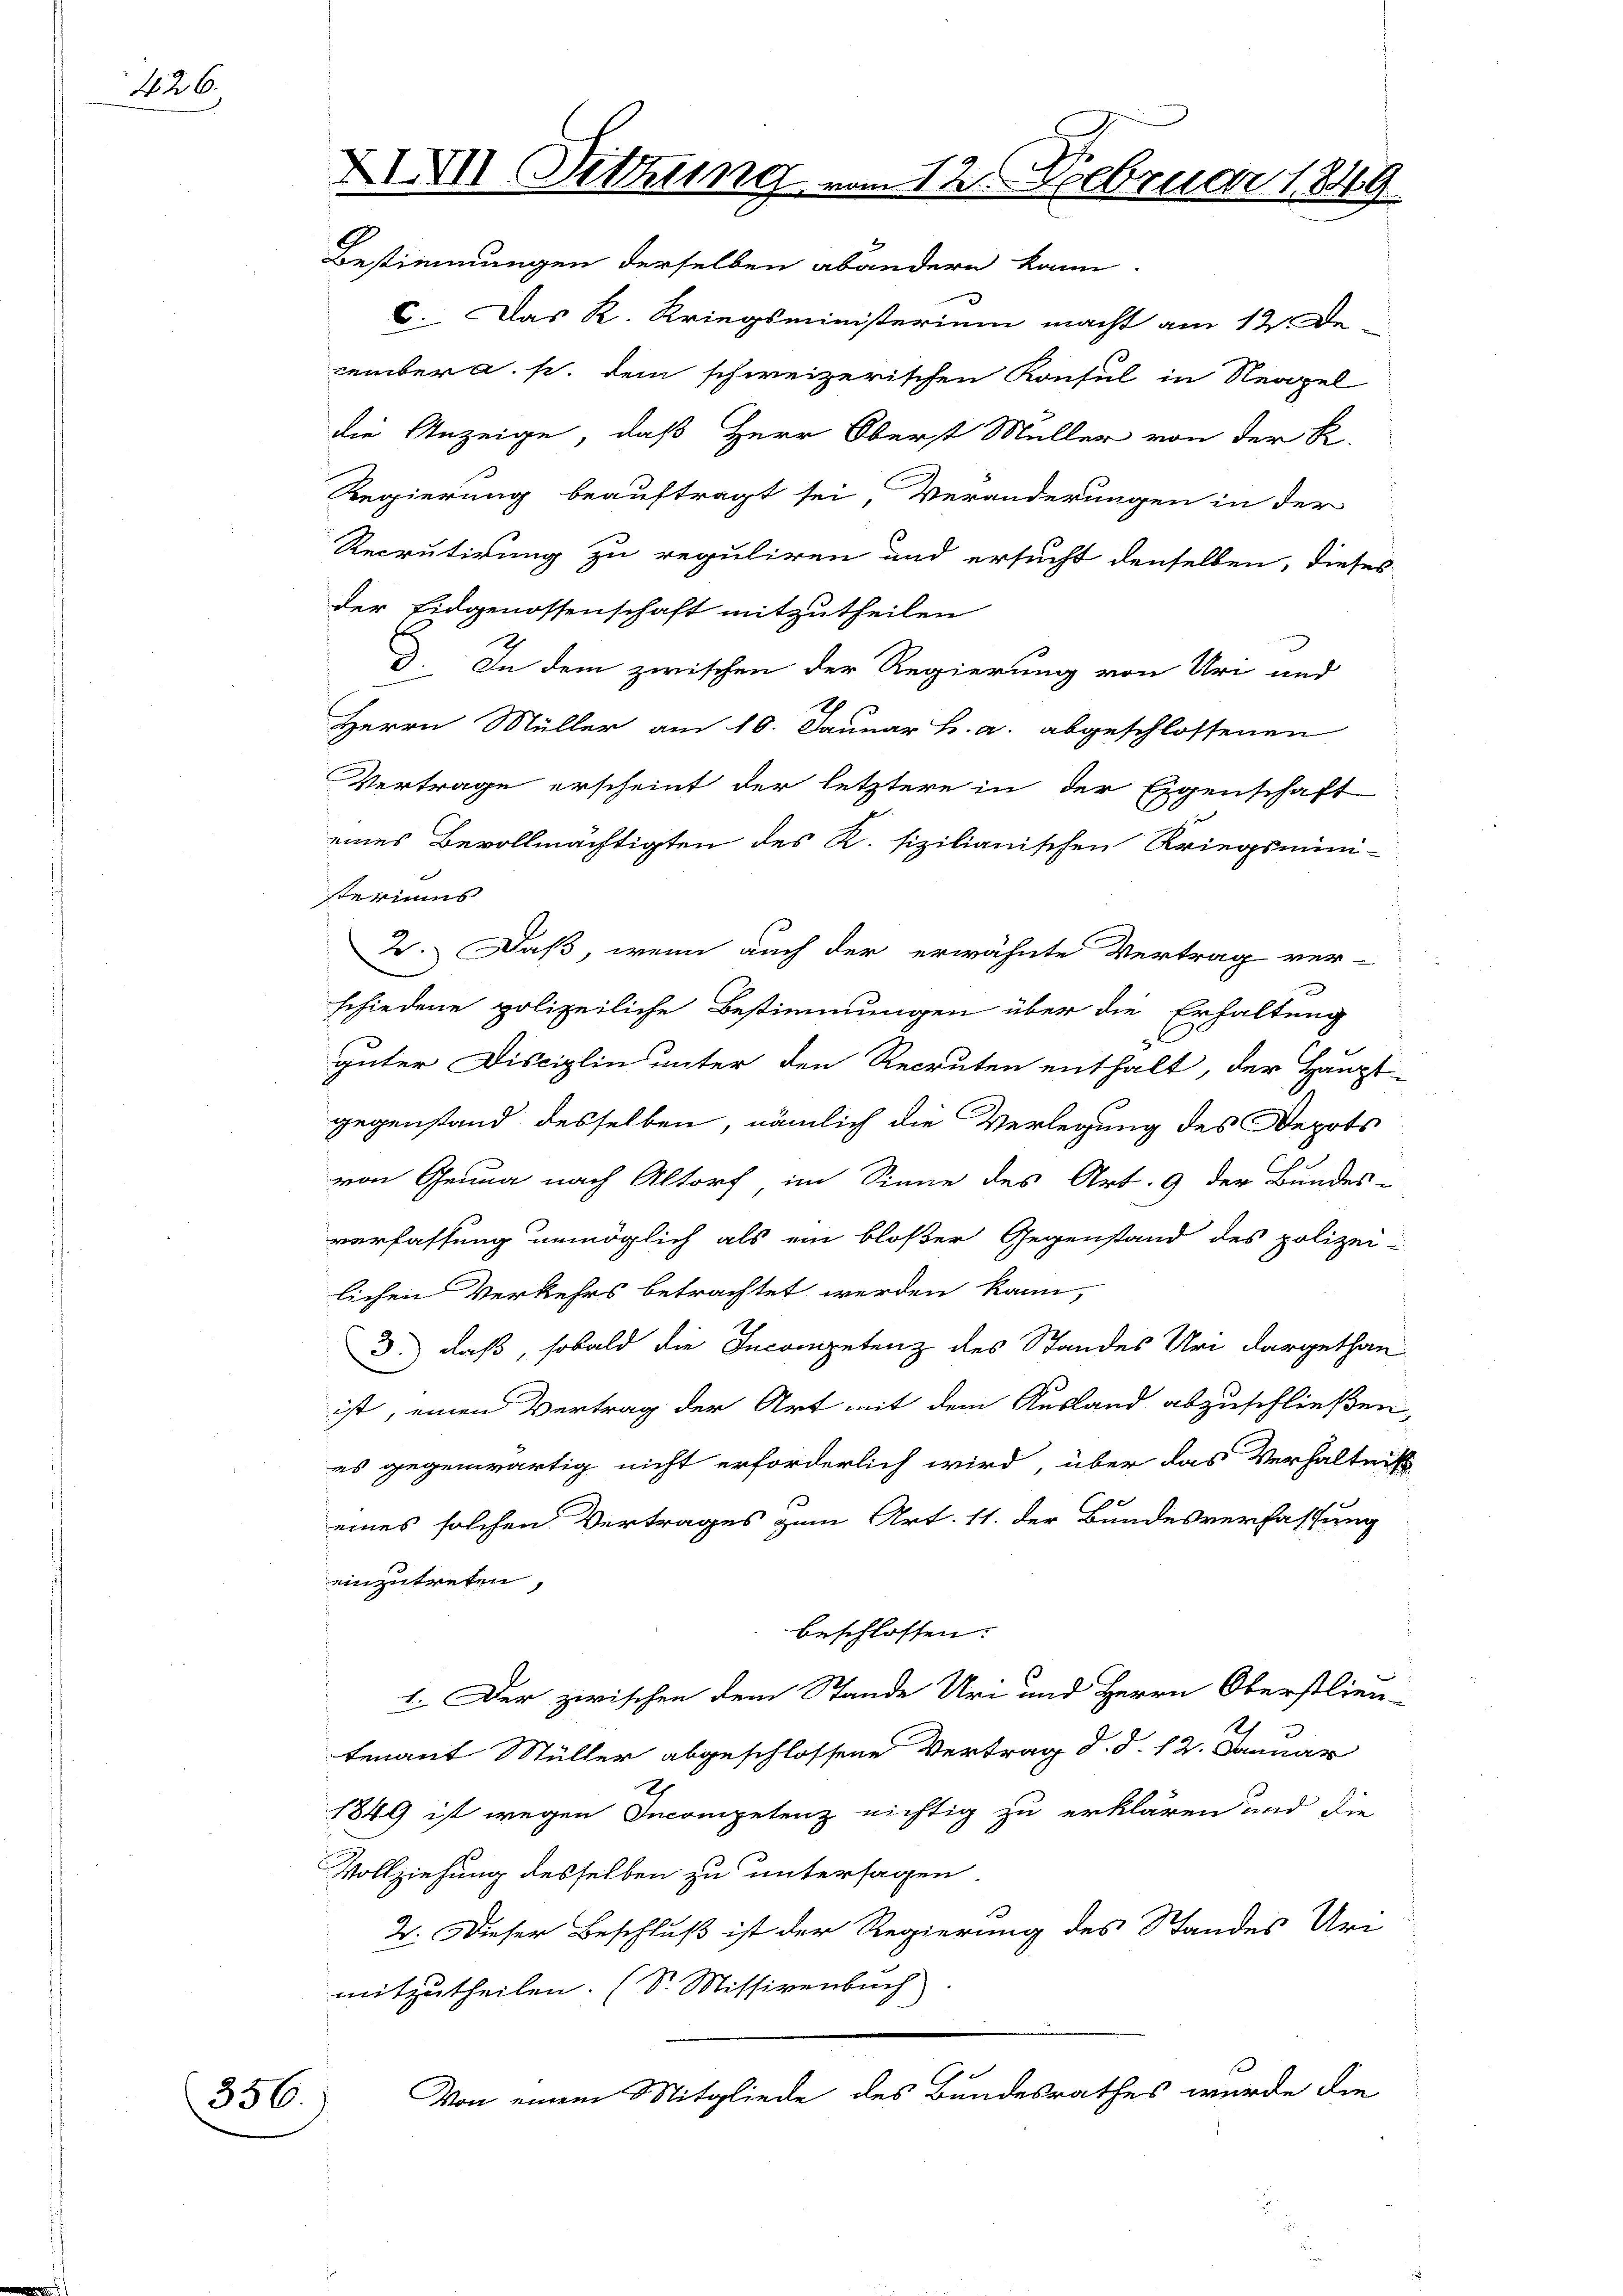
426.

356.)

XXVII Sitzung
G

12. Februar 1889

Bestimmungen derselben abandern kann.
C. Das K. Kriegsministerium macht am 12. De
cember a. p. dem schweizerischen Konsul in Neapel
die Anzeige, daß Herr Oberst Müller von der K.
Regierung beauftragt sei, Veränderungen in der
Recrutirung zu reguliren und ersucht denselben, dieses
der Eidgenossenschaft mitzutheilen
I. In dem zwischen der Regierung von Uri und
Herrn Müller am 10. Januar h. a. abgeschlossenen
Vertrage erscheint der letztere in der Eigenschaft
eines Bevollmächtigten des K. sizilianischen Kriegsmini-
steriums
2. Daß, wenn auch der erwähnte Vertrag ver-
schiedene polizeiliche Bestimmungen über die Erhaltung
guter Disciplin unter den Recruten enthalt, der Haupt-
gegenstand desselben, nämlich die Verlegung des Depots
von Genua nach Altorf im Sinne des Art. 9 der Bundes-
verfassung unmöglich als ein bloßer Gegenstand des polizei-
lichen Verkehrs betrachtet werden kann,
3.) daß, sobald die Incompetenz des Standes Uri dargethan
ist, einen Vertrag der Art mit dem Ausland abzuschließen,
es gegenwärtig nicht erforderlich wird, über das Verhältniß
0
eines solchen Vertrages zum Art. 11. der Bundesverfassung
einzutreten,
beschlossen:
I. Der zwischen dem Stande Uri und Herrn Oberstlien-
2
tenant Müller abgeschlossene Vertrag d. d. 12. Januar
1849 ist wegen Incompetenz nichtig zu erklären und die
Vollziehung desselben zu untersagen
2. Dieser Beschluß ist der Regierung des Standes Urmitzutheilen. (S. Missivenbuch
Von einem Mitgliede des Bundesrathes wurde die